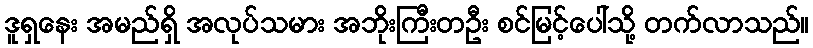
ဒူရှနေး အမည်ရှိ အလုပ်သမား အဘိုးကြီးတဦး စင်မြင့်ပေါ်သို့ တက်လာသည်။